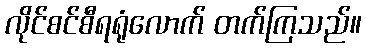
လိုင်စင်စီရရုံလောက် တက်ကြသည်။